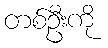
တစ်ဦးကို